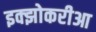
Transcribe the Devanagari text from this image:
इक्झोकरीआ